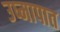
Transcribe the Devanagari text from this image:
उष्मापात